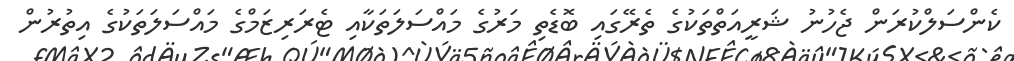
ކެންސަލްކުރަން ޖެހުނު ޝަރީއަތްތަކުގެ ތެރޭގައި ބޮޑެތި މަރުގެ މައްސަލަތަކާއި ޓެރަރިޒަމްގެ މައްސަލަތަކުގެ އިތުރުން